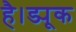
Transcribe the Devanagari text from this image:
है।ड्यूक